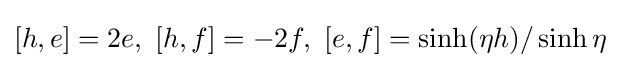
[h,e]=2e,\ [h,f]=-2f,\ [e,f]=\sinh(\eta h)/\sinh \eta